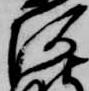
阿